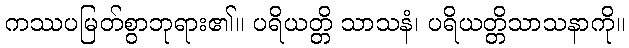
ကဿပမြတ်စွာဘုရား၏။ ပရိယတ္တိ သာသနံ၊ ပရိယတ္တိသာသနာကို။